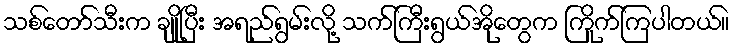
သစ်တော်သီးက ချိုပြီး အရည်ရွမ်းလို့ သက်ကြီးရွယ်အိုတွေက ကြိုက်ကြပါတယ်။